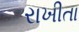
રાખીતા